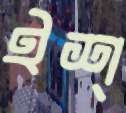
ইশ্